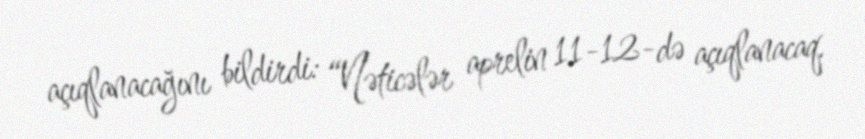
açıqlanacağını bildirdi: “Nəticələr aprelin 11-12-də açıqlanacaq.